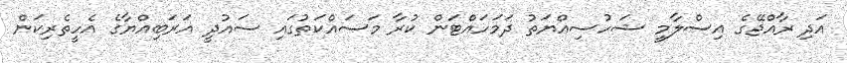
އަދި ރާއްޖޭގެ އިސްލާމީ ޝަހުސިއްޔަތު ދަމަހައްޓަން ކުރާ މަސައްކަތުގައި ސައުދީ އަރަބިއްޔާގެ އެހީތެރިކަން